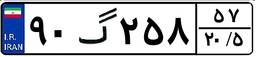
۹۰گ۲۵۸۵۷